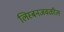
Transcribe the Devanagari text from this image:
लिस्बनजवळील